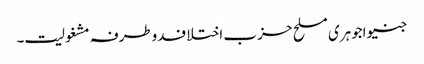
جنیواجوہری مسلح حزب اختلافدوطرفہ مشغولیت۔